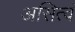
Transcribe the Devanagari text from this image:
असित्वं